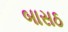
બાસઠ